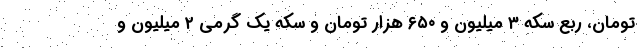
تومان، ربع سکه ۳ میلیون و ۶۵۰ هزار تومان و سکه یک گرمی ۲ میلیون و